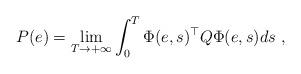
LaTeX: \begin{align*}P(e) = \lim_{T\rightarrow +\infty } \int_0^T \Phi(e,s)^\top Q \Phi(e,s) ds\ ,\end{align*}